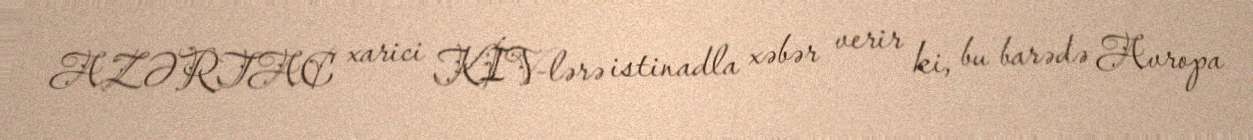
AZƏRTAC xarici KİV-lərə istinadla xəbər verir ki, bu barədə Avropa